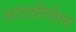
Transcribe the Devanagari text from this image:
आठवीतील